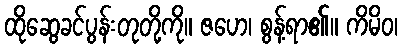
ထိုဆွေခင်ပွန်းတုတို့ကို။ ဇဟေ၊ စွန့်ရာ၏။ ကိမိဝ၊